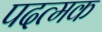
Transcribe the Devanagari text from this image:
पदत्मक